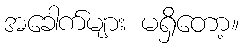
အခေါက်များ မရှိတော့။